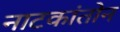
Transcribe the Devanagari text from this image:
नाटकांतोन